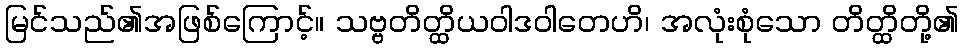
မြင်သည်၏အဖြစ်ကြောင့်။ သဗ္ဗတိတ္ထိယဝါဒဝါတေဟိ၊ အလုံးစုံသော တိတ္ထိတို့၏